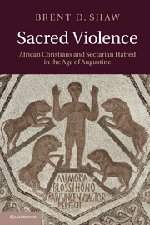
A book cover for Sacred Violence: African Christians and Sectarian Hatred in the Age of Augustine; Brent D. Shaw; Religion & Spirituality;